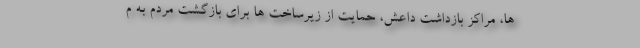
ها، مراکز بازداشت داعش، حمایت از زیرساخت ها برای بازگشت مردم به م